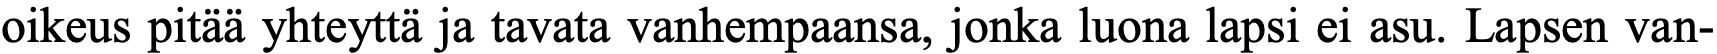
oikeus pitää yhteyttä ja tavata vanhempaansa, jonka luona lapsi ei asu. Lapsen van-